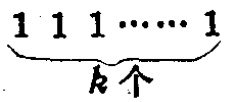
\(\underbrace{111\cdots\cdots1}_{k个}\)